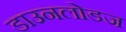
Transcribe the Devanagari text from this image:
डाउनलोडज